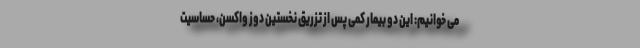
‌می خوانیم: این دو بیمار کمی پس از تزریق نخستین دوز واکسن، حساسیت